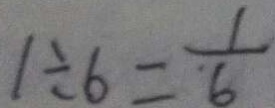
1 \div 6 = \frac { 1 } { 6 }